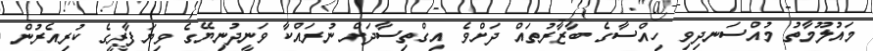
މައުލޫމާތު މުއްސަނދިވި ހިއްސާގެ ބާޒާރުތައް ދަށްވެ އިގްތިސާދަށް ނުރައްކާ ވަނީދުނިޔޭގެ ވިޔަފާރީގެ ކުރިއެރުން